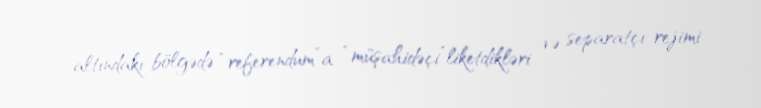
altındakı bölgədə “referendum”a “müşahidəçi”liketdikləri və separatçı rejimi